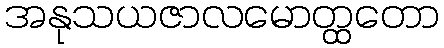
အနုသယဇာလမောတ္ထတော